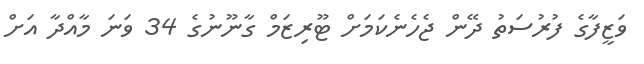
ވަޒީފާގެ ފުރުސަތު ދޭން ޖެހެނެކަމަށް ޓޫރިޒަމް ގާނޫނުގެ 34 ވަނަ މާއްދާ އަށް